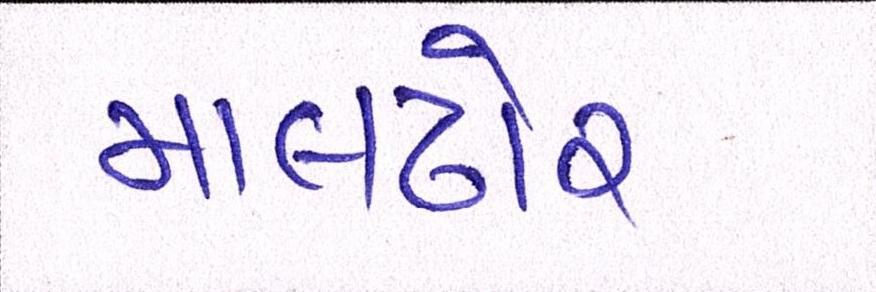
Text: માલઢોર